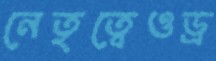
নেতৃত্বেওড্র